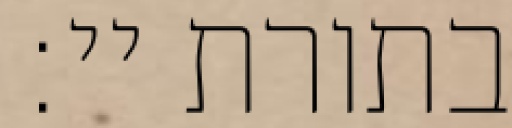
בתורת יי: